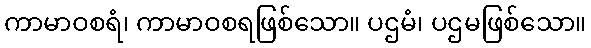
ကာမာဝစရံ၊ ကာမာဝစရဖြစ်သော။ ပဌမံ၊ ပဌမဖြစ်သော။